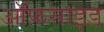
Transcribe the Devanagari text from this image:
ऑफ़साइड